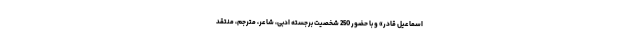
اسماعیل قادر» و با حضور 250 شخصیت برجسته ادبی، شاعر، مترجم، منتقد